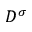
D ^ { \sigma }